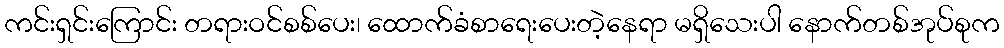
ကင်းရှင်းကြောင်း တရားဝင်စစ်ပေး၊ ထောက်ခံစာရေးပေးတဲ့နေရာ မရှိသေးပါ နောက်တစ်အုပ်စုက